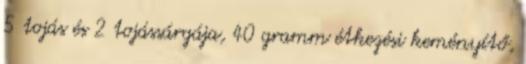
5 tojás és 2 tojássárgája, 40 gramm étkezési keményítő,